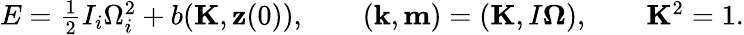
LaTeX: \begin{array}{r}{E=\frac 12I_{i}\Omega_{i}^{2}+b({\mathbf K},{\mathbf z}(0)),\qquad({\mathbf k},{\mathbf m})=({\mathbf K},I{\boldsymbol\Omega}),\qquad{\mathbf K}^{2}=1.}\end{array}